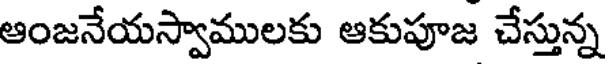
ఆంజనేయస్వాములకు ఆకుపూజ చేస్తున్న